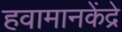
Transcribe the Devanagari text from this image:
हवामानकेंद्रे